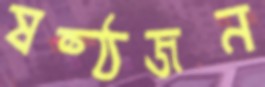
ষষ্ঠজন